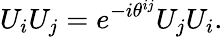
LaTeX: U_{i}U_{j}=e^{-i\theta^{ij}}U_{j}U_{i}.